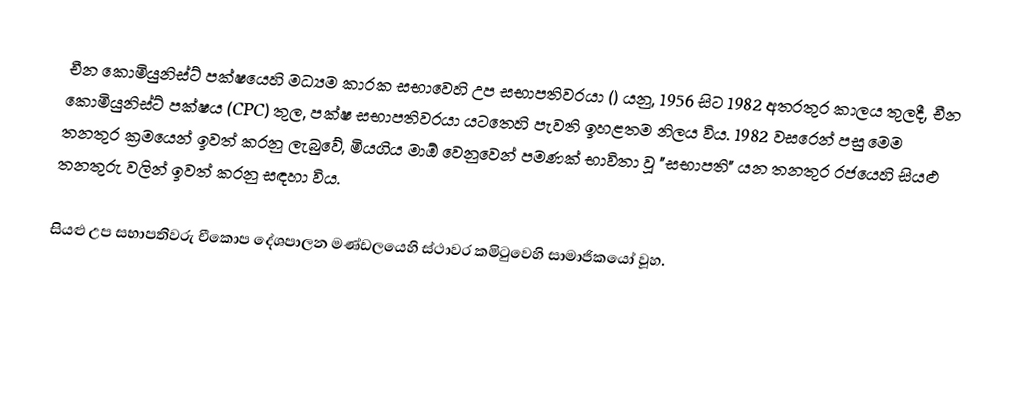
චීන කොමියුනිස්ට් පක්ෂයෙහි මධ්‍යම කාරක සභාවෙහි උප සභාපතිවරයා () යනු,  1956 සිට 1982 අතරතුර කාලය තුලදී, චීන කොමියුනිස්ට් පක්ෂය (CPC) තුල,   පක්ෂ සභාපතිවරයා යටතෙහි පැවති ඉහළතම නිලය විය. 1982 වසරෙන් පසු මෙම තනතුර ක්‍රමයෙන් ඉවත් කරනු ලැබුවේ,  මියගිය මාඕ වෙනුවෙන් පමණක් භාවිතා වූ  "සභාපති" යන තනතුර රජයෙහි සියළු තනතුරු වලින්  ඉවත් කරනු සඳහා විය.

සියළු උප සභාපතිවරු  චීකොප දේශපාලන මණ්ඩලයෙහි ස්ථාවර කමිටුවෙහි සාමාජිකයෝ වූහ.